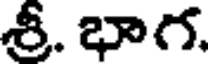
శ్రీ. భాగ.